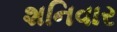
શનિવાર